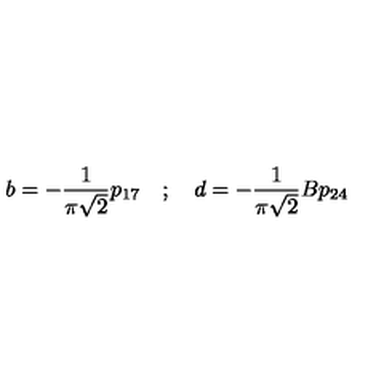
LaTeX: b = - \frac { 1 } { \pi \sqrt { 2 } } p _ { 1 7 } \quad ; \quad d = - \frac { 1 } { \pi \sqrt { 2 } } B p _ { 2 4 }